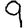
Digit: 9